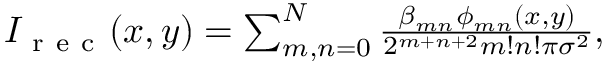
\begin{array} { r } { I _ { \mathrm { ~ r ~ e ~ c ~ } } ( x , y ) = \sum _ { m , n = 0 } ^ { N } \frac { \beta _ { m n } \phi _ { m n } ( x , y ) } { 2 ^ { m + n + 2 } m ! n ! \pi \sigma ^ { 2 } } , } \end{array}